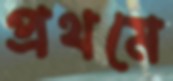
প্রথমে